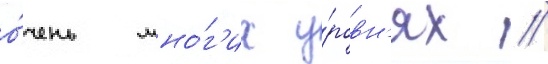
о́чень мно́г'их у́ровн'ях //